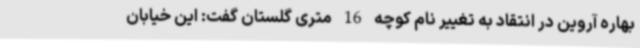
بهاره آروین در انتقاد به تغییر نام کوچه 16 متری گلستان گفت: این خیابان